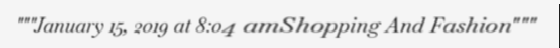
"""January 15, 2019 at 8:04 amShopping And Fashion"""